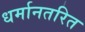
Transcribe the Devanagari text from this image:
धर्मानतरित